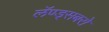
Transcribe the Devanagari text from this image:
लॅण्ड्सबरो